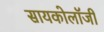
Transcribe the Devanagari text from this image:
सायकोलॉजी